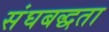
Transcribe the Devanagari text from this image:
संघबद्धता